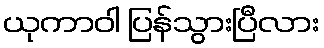
ယုကာဝါ ပြန်သွားပြီလား